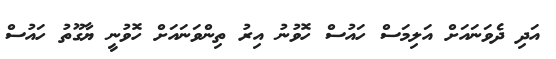
އަދި ދެވަނައަށް އަލިމަސް ހައުސް ހޮވުނު އިރު ތިންވަނައަށް ހޮވުނީ ޔާގޫތު ހައުސް